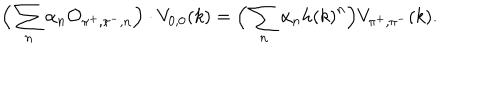
\Big ( \sum _ { n } \alpha _ { n } { \cal O } _ { \pi ^ { + } , \pi ^ { - } , n } \Big ) \cdot V _ { 0 , 0 } ( k ) = \Big ( \sum _ { n } \alpha _ { n } { h ( k ) } ^ { n } \Big ) V _ { \pi ^ { + } , \pi ^ { - } } ( k ) .